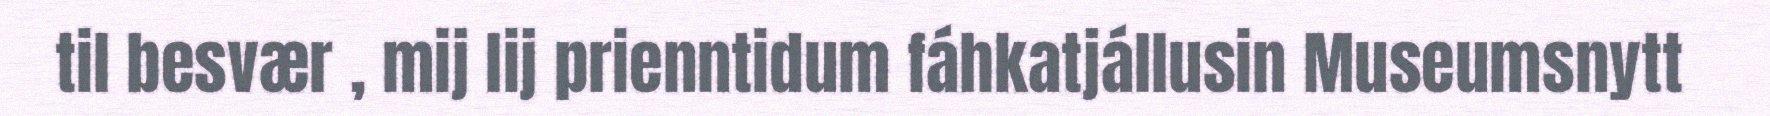
til besvær , mij lij prienntidum fáhkatjállusin Museumsnytt